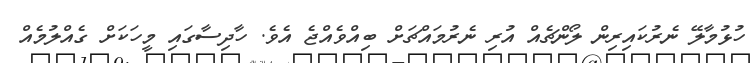
ހުޅުމާލޭ ނެރުކައިރިން ލޯންޗެއް އުރި ނެރުމައްޗަށް ބިއްވެއްޖެ އެވެ. ހާދިސާގައި މީހަކަށް ގެއްލުމެއް